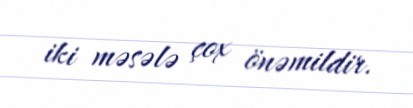
iki məsələ çox önəmildir.